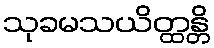
သုခမသယိတ္ထန္တိ